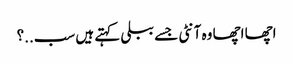
اچھا اچھا وہ آنٹی جسے ببلی کہتے ہیں سب..؟